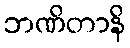
ဘဏိတာနိ